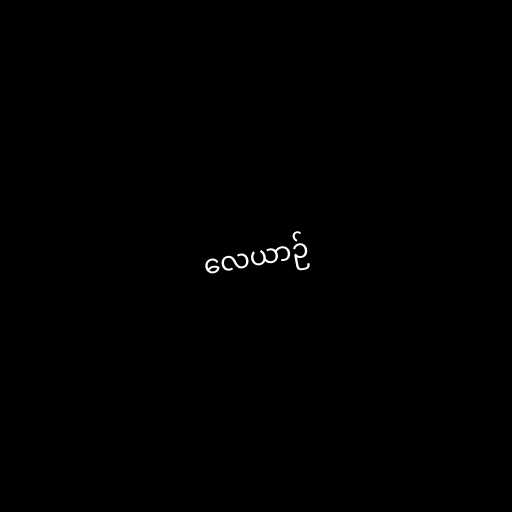
လေယာဉ်